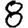
Digit: 8